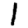
Digit: 1